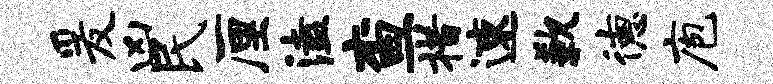
爰凶民厘溘查措速歉德庖